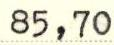
85,70